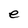
Character: e